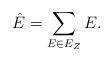
LaTeX: \begin{align*}\hat E= \sum_{ E \in E_Z} E.\end{align*}